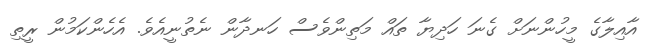
އާއިލާގެ މީހުންނަށް ގެނަ ހަދިޔާ ތައް މަތިންވެސް ހަނދާން ނެތުނީއެވެ. އެހެންކަމުން ރީތި